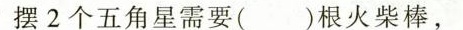
摆2个五角星需要( )根火柴棒，